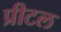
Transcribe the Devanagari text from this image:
प्रीटल